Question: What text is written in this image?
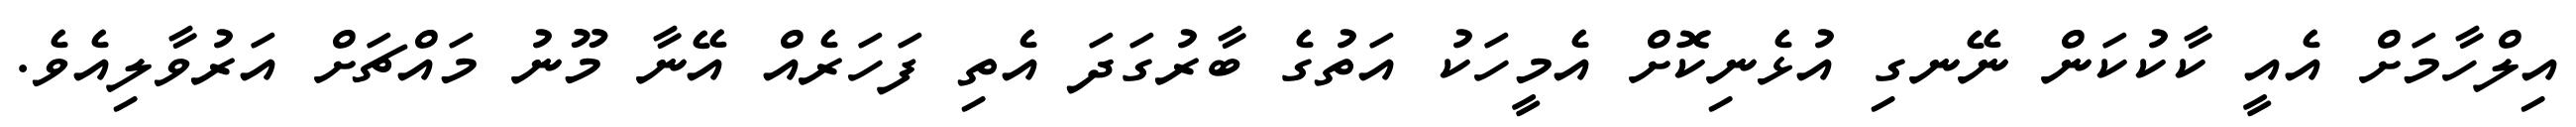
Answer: އިލްހާމަށް އެއީ ކާކުކަން ނޭނގި އުޅެނިކޮށް އެމީހަކު އަތުގެ ބާރުގަދަ އެތި ފަހަރެއް އޭނާ މޫނު މައްޗަށް އަރުވާލިއެވެ.